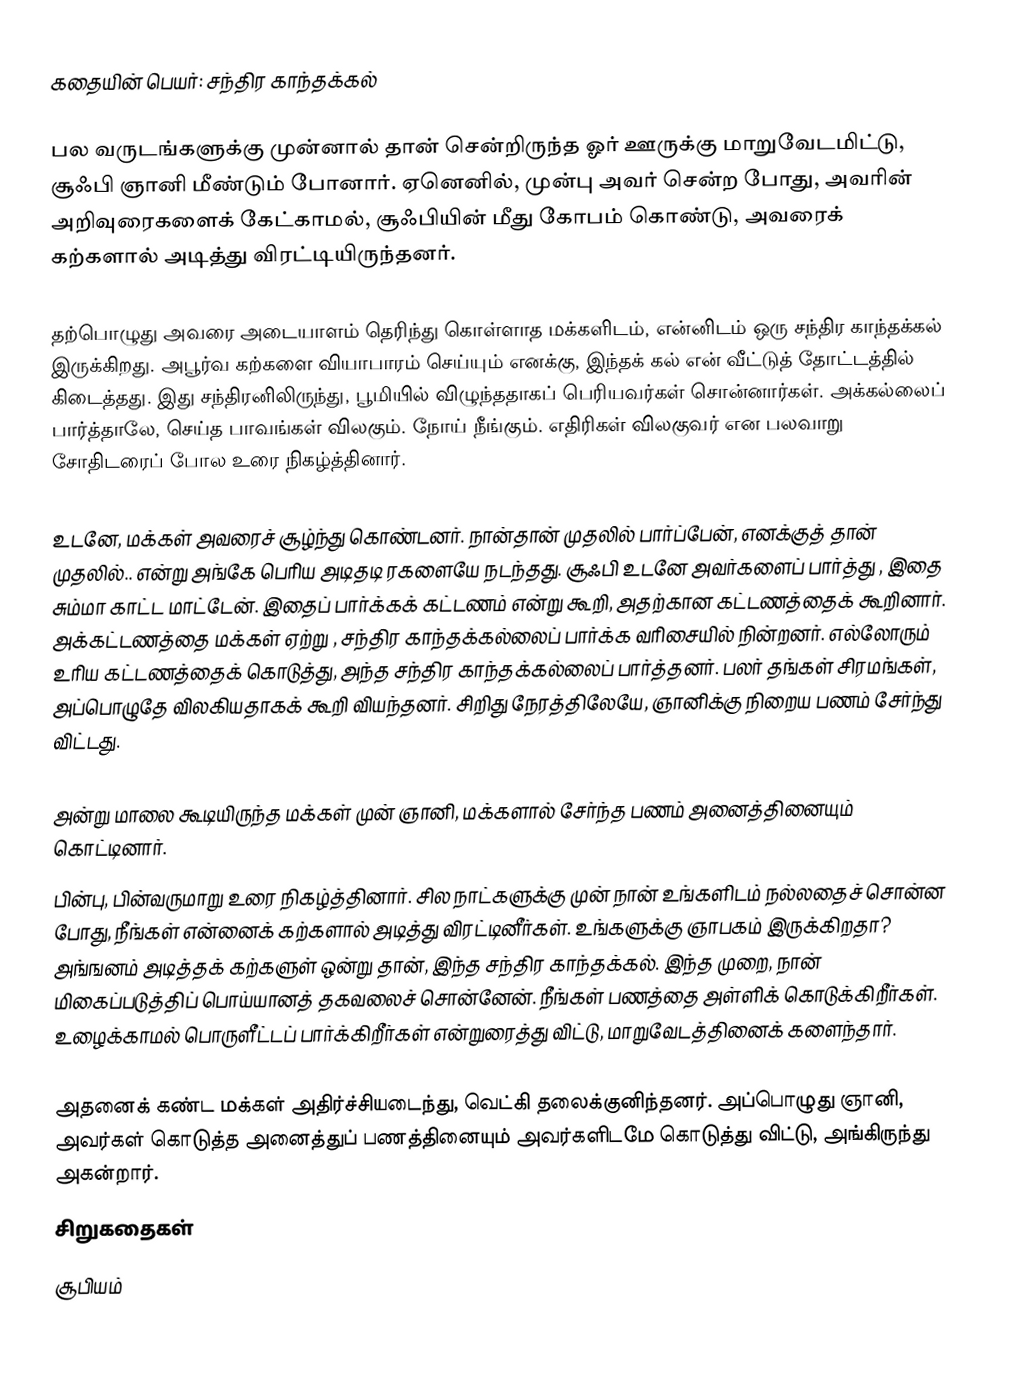
கதையின் பெயர்: சந்திர காந்தக்கல்

பல வருடங்களுக்கு முன்னால் தான் சென்றிருந்த ஓர் ஊருக்கு மாறுவேடமிட்டு, சூஃபி ஞானி மீண்டும் போனார். ஏனெனில், முன்பு அவர்  சென்ற போது, அவரின் அறிவுரைகளைக் கேட்காமல், சூஃபியின் மீது கோபம் கொண்டு, அவரைக்  கற்களால் அடித்து விரட்டியிருந்தனர்.

தற்பொழுது அவரை அடையாளம் தெரிந்து கொள்ளாத மக்களிடம், என்னிடம் ஒரு சந்திர காந்தக்கல் இருக்கிறது. அபூர்வ கற்களை வியாபாரம் செய்யும் எனக்கு, இந்தக் கல் என் வீட்டுத் தோட்டத்தில் கிடைத்தது. இது சந்திரனிலிருந்து, பூமியில் விழுந்ததாகப்  பெரியவர்கள் சொன்னார்கள். அக்கல்லைப் பார்த்தாலே, செய்த பாவங்கள் விலகும். நோய் நீங்கும். எதிரிகள் விலகுவர் என பலவாறு சோதிடரைப் போல உரை நிகழ்த்தினார்.

உடனே, மக்கள் அவரைச் சூழ்ந்து கொண்டனர். நான்தான் முதலில் பார்ப்பேன், எனக்குத் தான் முதலில்.. என்று அங்கே பெரிய அடிதடி  ரகளையே நடந்தது. சூஃபி உடனே அவர்களைப் பார்த்து , இதை சும்மா காட்ட மாட்டேன். இதைப் பார்க்கக் கட்டணம் என்று கூறி, அதற்கான  கட்டணத்தைக் கூறினார். அக்கட்டணத்தை   மக்கள் ஏற்று , சந்திர காந்தக்கல்லைப் பார்க்க வரிசையில் நின்றனர். எல்லோரும் உரிய கட்டணத்தைக் கொடுத்து, அந்த சந்திர காந்தக்கல்லைப் பார்த்தனர். பலர் தங்கள் சிரமங்கள், அப்பொழுதே விலகியதாகக் கூறி வியந்தனர். சிறிது நேரத்திலேயே, ஞானிக்கு நிறைய பணம் சேர்ந்து விட்டது.

அன்று மாலை கூடியிருந்த மக்கள் முன் ஞானி,  மக்களால் சேர்ந்த பணம் அனைத்தினையும்  கொட்டினார்.
பின்பு, பின்வருமாறு உரை நிகழ்த்தினார். சில நாட்களுக்கு முன் நான் உங்களிடம் நல்லதைச் சொன்ன போது,  நீங்கள் என்னைக் கற்களால் அடித்து  விரட்டினீர்கள். உங்களுக்கு ஞாபகம் இருக்கிறதா? அங்ஙனம் அடித்தக் கற்களுள் ஒன்று தான், இந்த சந்திர காந்தக்கல்.  இந்த முறை, நான் மிகைப்படுத்திப் பொய்யானத் தகவலைச் சொன்னேன். நீங்கள் பணத்தை அள்ளிக் கொடுக்கிறீர்கள். உழைக்காமல் பொருளீட்டப் பார்க்கிறீர்கள் என்றுரைத்து விட்டு, மாறுவேடத்தினைக் களைந்தார்.

அதனைக் கண்ட மக்கள் அதிர்ச்சியடைந்து, வெட்கி தலைக்குனிந்தனர். அப்பொழுது ஞானி, அவர்கள் கொடுத்த அனைத்துப் பணத்தினையும் அவர்களிடமே கொடுத்து விட்டு, அங்கிருந்து அகன்றார்.
 சிறுகதைகள்
சூபியம்